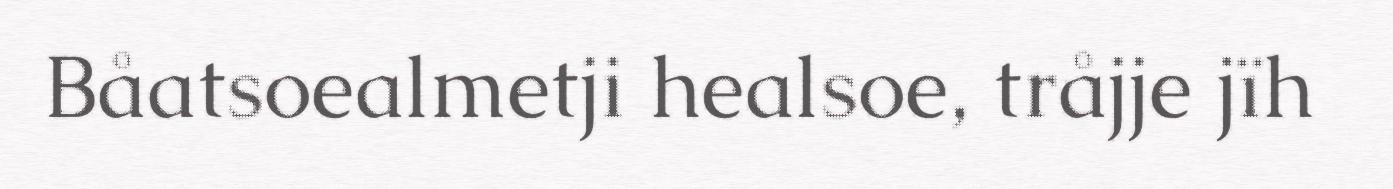
Båatsoealmetji healsoe, tråjje jïh